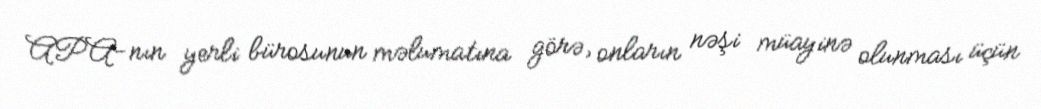
APA-nın yerli bürosunun məlumatına görə, onların nəşi müayinə olunması üçün